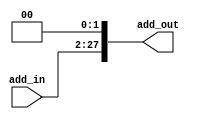
module shift_left2_jump(add_in,add_out);
input [25:0] add_in;
output [27:0] add_out;
assign add_out[27:0]={add_in[25:0],2'b00};
endmodule